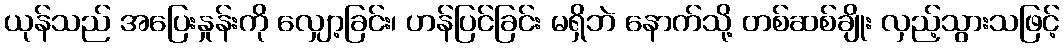
ယုန်သည် အပြေးနှုန်းကို လျှော့ခြင်း၊ ဟန်ပြင်ခြင်း မရှိဘဲ နောက်သို့ တစ်ဆစ်ချိုး လှည့်သွားသဖြင့်